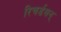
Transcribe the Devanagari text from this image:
रिचर्डसन्